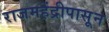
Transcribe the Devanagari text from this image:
राजमहेंद्रीपासून